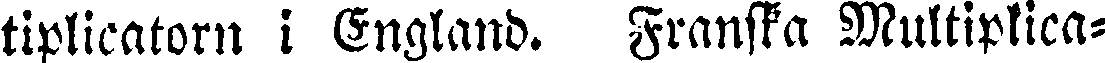
tiplicatorn i England. Franska Multiplica-